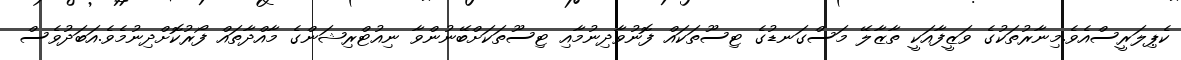
ކެޕިލަރީސްއެވެ.މިނާރުތަކުގެ ވަޒީފާއަކީ ތާޒާލޭ މަސްގަނޑުގެ ޓިސޫތަކައް ފޮނުވާދިނުމާއި ޓިސޫތަކަށްބޭނުންވާ ނިއުޓްރިޝަންގެ މާއްދާތައް ފޯރުކޮށްދިނުމެވެ.އަބަދުވެސް